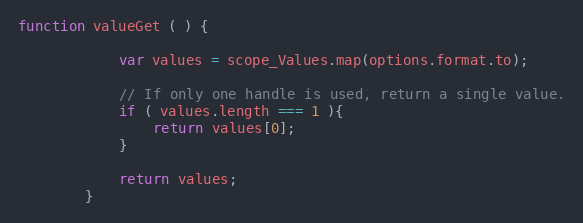
Language: JavaScript
function valueGet ( ) {

            var values = scope_Values.map(options.format.to);

            // If only one handle is used, return a single value.
            if ( values.length === 1 ){
                return values[0];
            }

            return values;
        }